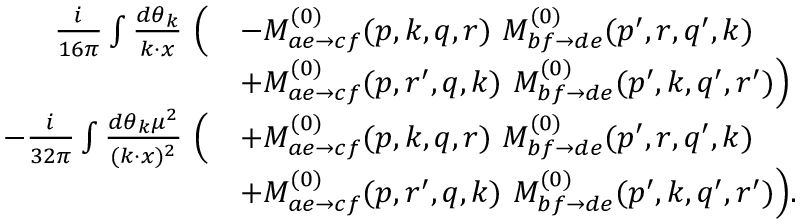
\begin{array} { r l } { \frac { i } { 1 6 \pi } \int \frac { d \theta _ { k } } { k \cdot x } \ \Bigl ( } & { - M _ { a e \to c f } ^ { ( 0 ) } ( p , k , q , r ) \ M _ { b f \to d e } ^ { ( 0 ) } ( p ^ { \prime } , r , q ^ { \prime } , k ) } \\ & { + M _ { a e \to c f } ^ { ( 0 ) } ( p , r ^ { \prime } , q , k ) \ M _ { b f \to d e } ^ { ( 0 ) } ( p ^ { \prime } , k , q ^ { \prime } , r ^ { \prime } ) \Bigr ) } \\ { - \frac { i } { 3 2 \pi } \int \frac { d \theta _ { k } \mu ^ { 2 } } { ( k \cdot x ) ^ { 2 } } \ \Bigl ( } & { + M _ { a e \to c f } ^ { ( 0 ) } ( p , k , q , r ) \ M _ { b f \to d e } ^ { ( 0 ) } ( p ^ { \prime } , r , q ^ { \prime } , k ) } \\ & { + M _ { a e \to c f } ^ { ( 0 ) } ( p , r ^ { \prime } , q , k ) \ M _ { b f \to d e } ^ { ( 0 ) } ( p ^ { \prime } , k , q ^ { \prime } , r ^ { \prime } ) \Bigr ) . } \end{array}